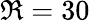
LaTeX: \Re=30